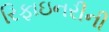
રિફાઇનરીની